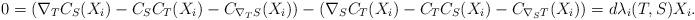
LaTeX: \begin{align*} 0=(\nabla_T C_S(X_i)-C_SC_T(X_i)-C_{\nabla_T S}(X_i))-(\nabla_S C_T(X_i)-C_TC_S(X_i)-C_{\nabla_S T}(X_i))=d\lambda_i(T,S)X_i. \end{align*}